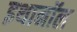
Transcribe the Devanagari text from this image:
इथानॉल